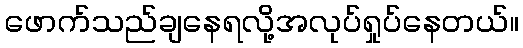
ဖောက်သည်ချနေရလို့အလုပ်ရှုပ်နေတယ်။